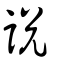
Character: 說